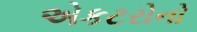
એકટરોનો